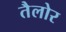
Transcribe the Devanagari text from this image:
तैलोर